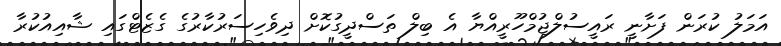
އަމަލު ކުރަން ފަށާނީ ރައީސުލްޖުމްހޫރީއްޔާ އެ ބިލް ތަސްދީގުކޮށް ދިވެހިސަރުކާރުގެ ގެޒެޓްގައި ޝާއިއުކުރާ